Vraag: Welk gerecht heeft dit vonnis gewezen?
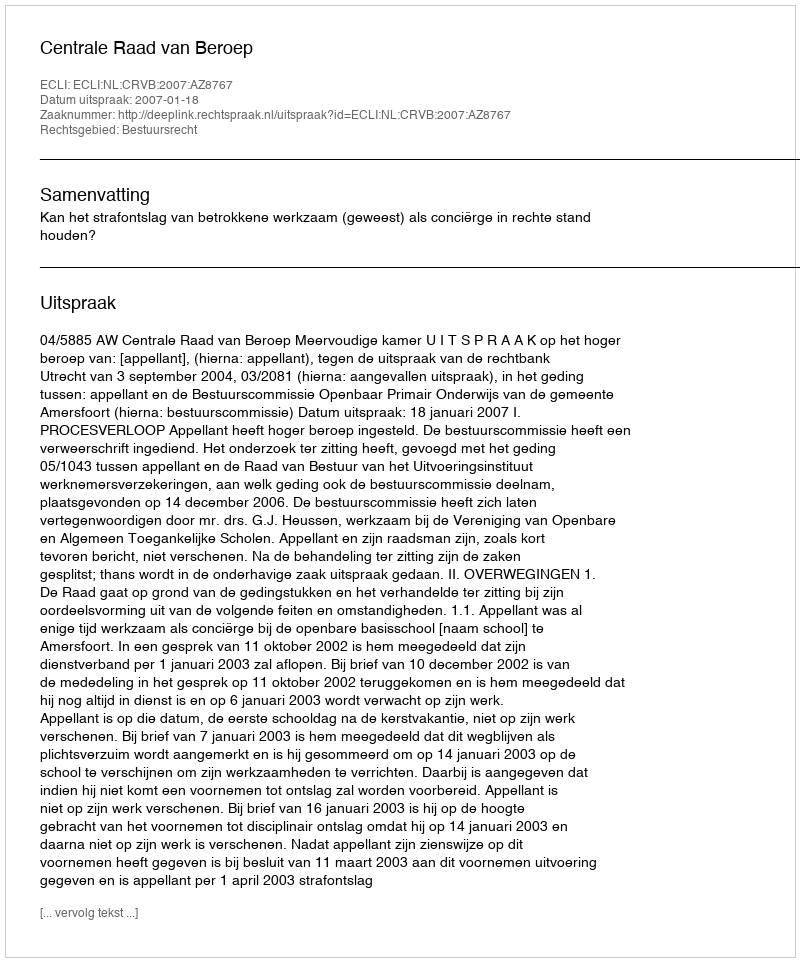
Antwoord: Centrale Raad van Beroep